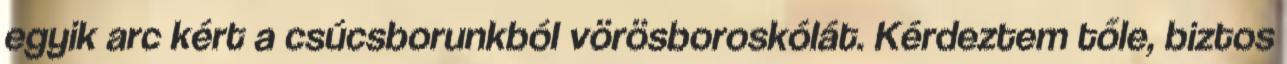
egyik arc kért a csúcsborunkból vörösboroskólát. Kérdeztem tőle, biztos